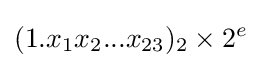
(1.x_{1}x_{2}...x_{23})_{2}\times 2^{e}